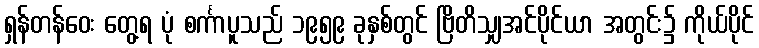
ရှန်တန်ဝေး တွေ့ရ ပုံ စင်္ကာပူသည် ၁၉၅၉ ခုနှစ်တွင် ဗြိတိသျှအင်ပိုင်ယာ အတွင်း၌ ကိုယ်ပိုင်